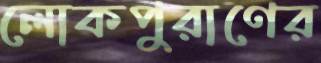
লোকপুরাণের